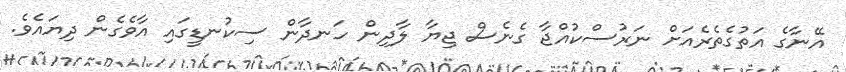
އޭނާގެ އަތުގެތެރެއަށް ނަރުސްކުއްޖާ ގެނެސް ޖިޔާ ލާދިން ހަނދާން ސިކުނޑީގައި އާވެގެން ދިޔައެވެ.